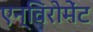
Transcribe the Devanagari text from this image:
एन्विरोमेंट